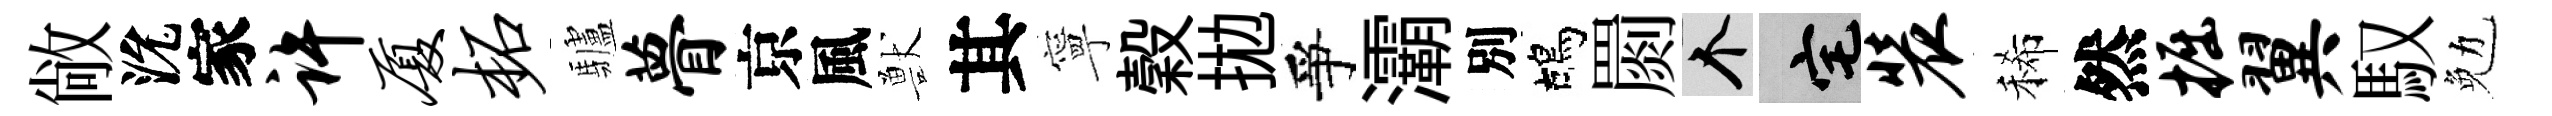
敞沇家许厦柘驢瞢京風獸其寧穀拋爭灞別鴣罽个宅装稀然掘翼馭勉